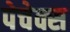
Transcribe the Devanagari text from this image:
पेचेक्स